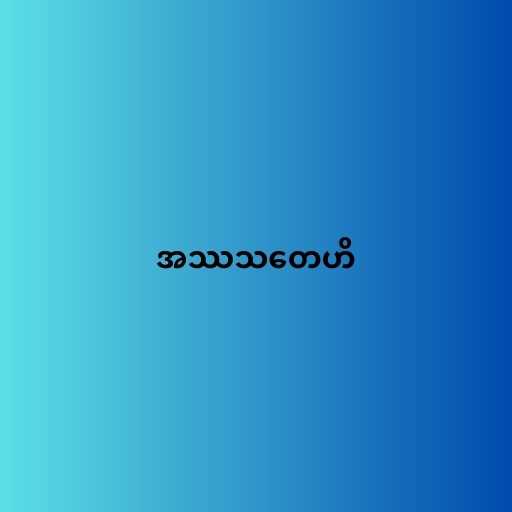
အဿသတေဟိ